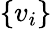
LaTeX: \{ v_{i}\}